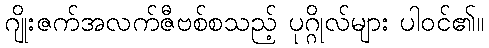
ဂျိုးဇက်အလက်ဇီဗစ်စသည့် ပုဂ္ဂိုလ်များ ပါဝင်၏။